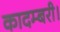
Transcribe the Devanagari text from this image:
कादम्बरी।